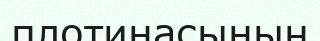
плотинасының